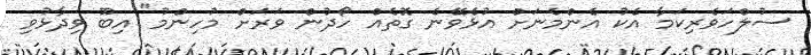
ސުލްހަވެރިކަމާ އެކު އެންމެނަށް އުޅެވޭނެ ގޮތެއް ހޯދުން ވަރަށް މުހިންމު" އިބޫ ވިދާޅުވި